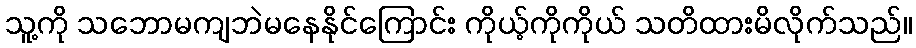
သူ့ကို သဘောမကျဘဲမနေနိုင်ကြောင်း ကိုယ့်ကိုကိုယ် သတိထားမိလိုက်သည်။